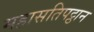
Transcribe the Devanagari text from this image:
महासतिपट्ठान